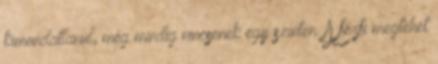
kimondatlanul, még mindig nincsenek egy szinten. A férfi megtehet